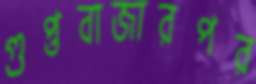
গুপ্তবাজারপর